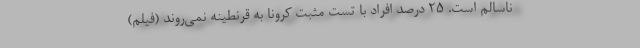
ناسالم است. ۲۵ درصد افراد با تست مثبت کرونا به قرنطینه نمی‌روند (فیلم)